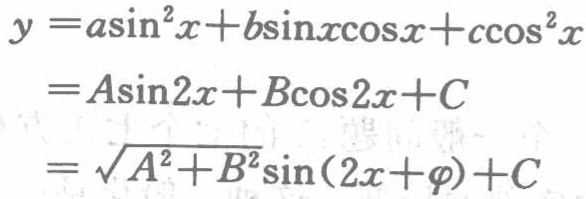
\[
\begin{align*}
y&=a\sin^{2}x + b\sin x\cos x + c\cos^{2}x\\
&=A\sin2x + B\cos2x + C\\
&=\sqrt{A^{2}+B^{2}}\sin(2x + \varphi)+C
\end{align*}
\]